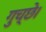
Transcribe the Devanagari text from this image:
गुच्छे।